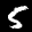
Label: 5